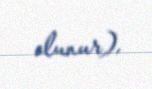
olunur).